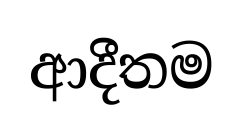
ආදීතම